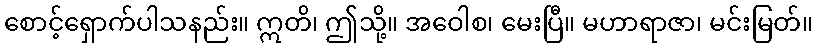
စောင့်ရှောက်ပါသနည်း။ ဣတိ၊ ဤသို့။ အဝေါစ၊ မေးပြီ။ မဟာရာဇာ၊ မင်းမြတ်။